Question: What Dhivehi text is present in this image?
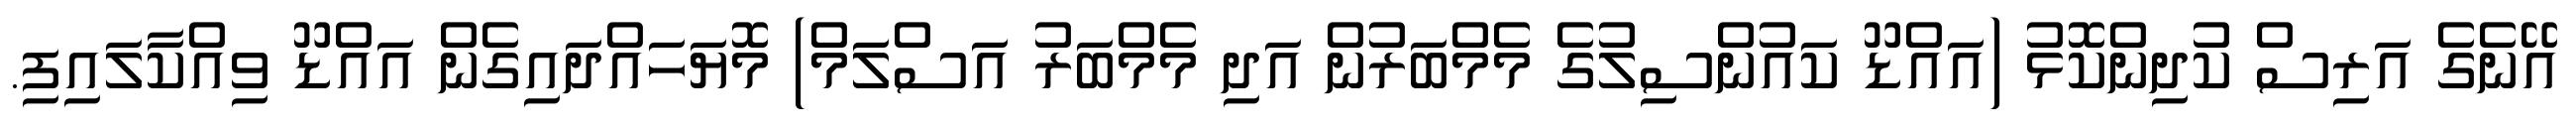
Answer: އޭނެގެ އަރިސް ކުދިންކޮޅު (އައްޑޫ ކައުންސިލުގެ މެމްބަރުން އަދި މެމްބަރު އަސްލަމް) މޮޔަހައްދައިގެން އައްޑޫ ވިއްކާލައިފި.